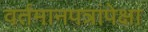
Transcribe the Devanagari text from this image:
वर्तमानपत्रांपेक्षा